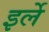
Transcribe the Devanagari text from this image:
इर्ले